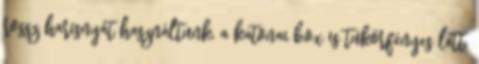
rossz harisnyát használtunk, a katonai box is tükörfényes lett.